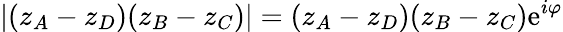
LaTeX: \left|(z_{A}-z_{D})(z_{B}-z_{C})\right|=(z_{A}-z_{D})(z_{B}-z_{C})\mathrm{e}^{i\varphi}